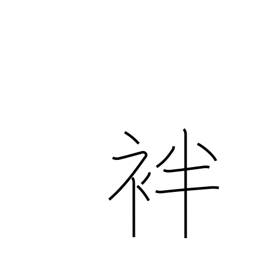
Meaning: summer kimono